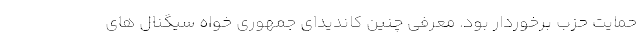
حمایت حزب برخوردار بود. معرفی چنین کاندیدای جمهوری خواه سیگنال های